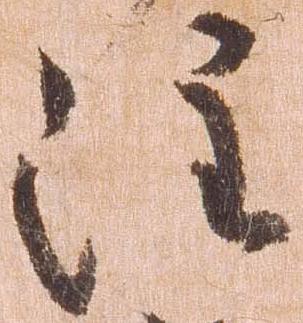
注